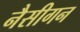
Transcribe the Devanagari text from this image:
नैसीगन